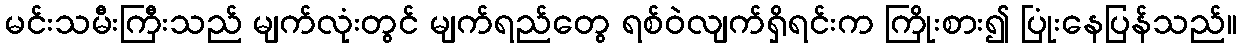
မင်းသမီးကြီးသည် မျက်လုံးတွင် မျက်ရည်တွေ ရစ်ဝဲလျက်ရှိရင်းက ကြိုးစား၍ ပြုံးနေပြန်သည်။